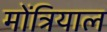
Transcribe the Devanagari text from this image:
मोंत्रियाल